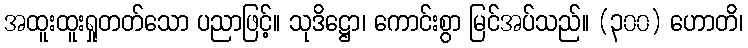
အထူးထူးရှုတတ်သော ပညာဖြင့်။ သုဒိဋ္ဌော၊ ကောင်းစွာ မြင်အပ်သည်။ (၃၀၀) ဟောတိ၊